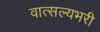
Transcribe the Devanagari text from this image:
वात्सल्यभरी